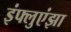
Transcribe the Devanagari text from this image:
इंफ्लुएंझा